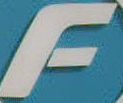
F